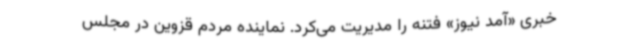
خبری «آمد نیوز» فتنه را مدیریت می‌کرد. نماینده مردم قزوین در مجلس